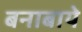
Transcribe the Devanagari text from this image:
बनाबाये